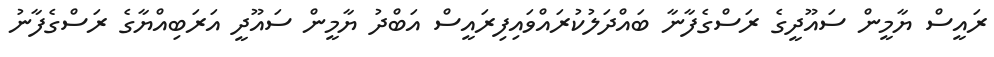
ރައީސް ޔާމީން ސައޫދީގެ ރަސްގެފާނާ ބައްދަލުކުރައްވައިފިރައީސް އަބްދު ޔާމީން ސައޫދީ އަރަބިއްޔާގެ ރަސްގެފާނު